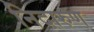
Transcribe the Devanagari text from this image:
निदारुण